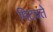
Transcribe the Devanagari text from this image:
मिटवते